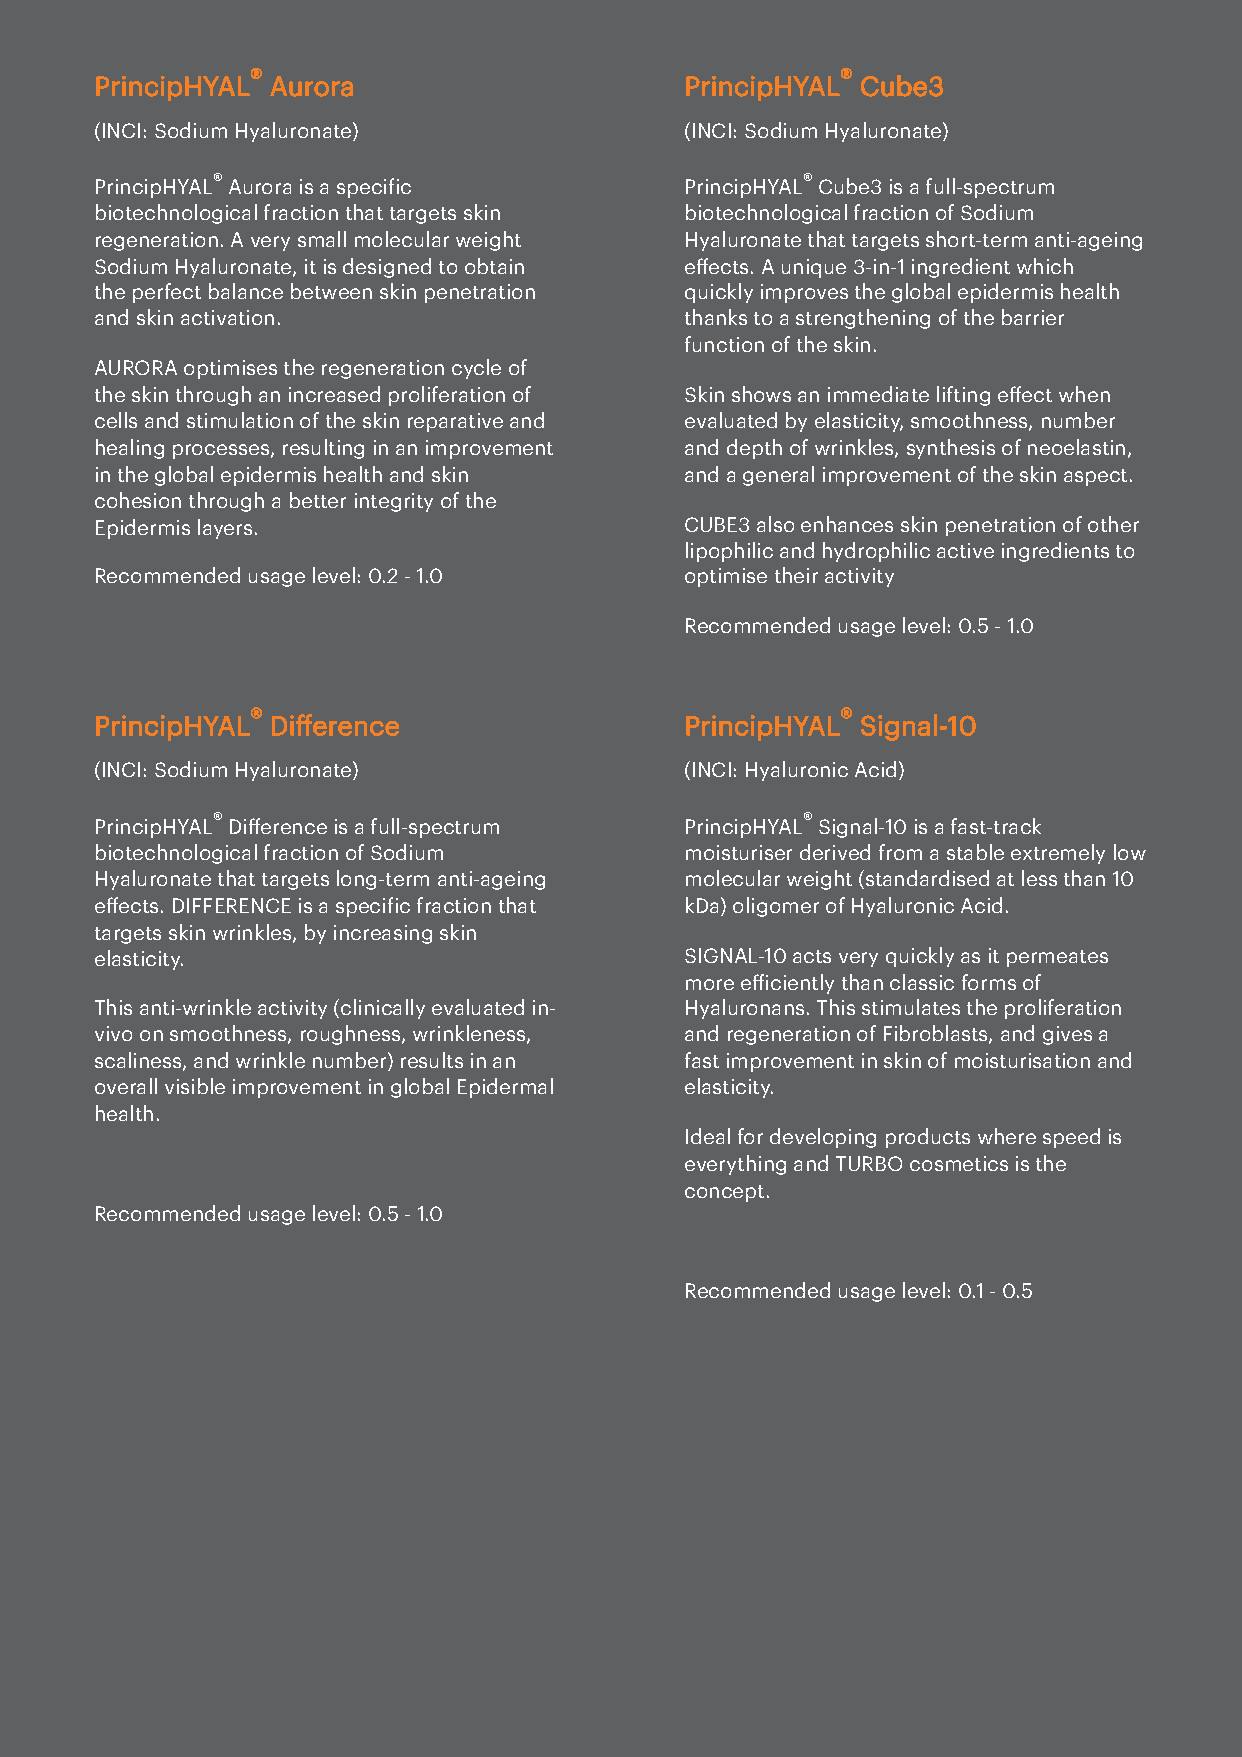
®                                      ®
 PrincipHYAL Aurora                     PrincipHYAL Cube3
 (INCI: Sodium Hyaluronate)             (INCI: Sodium Hyaluronate)
 ®                                      ®
 PrincipHYAL Aurora is a speciic       PrincipHYAL Cube3 is a full-spectrum
 biotechnological fraction that targets skin biotechnological fraction of Sodium
 regeneration. A very small molecular weight Hyaluronate that targets short-term anti-ageing
 Sodium Hyaluronate, it is designed to obtain effects. A unique 3-in-1 ingredient which
 the perfect balance between skin penetration quickly improves the global epidermis health
 and skin activation.                   thanks to a strengthening of the barrier
 function of the skin.
 AURORA optimises the regeneration cycle of
 the skin through an increased proliferation of Skin shows an immediate lifting effect when
 cells and stimulation of the skin reparative and evaluated by elasticity, smoothness, number
 healing processes, resulting in an improvement and depth of wrinkles, synthesis of neoelastin,
 in the global epidermis health and skin and a general improvement of the skin aspect.
 cohesion through a better integrity of the
 Epidermis layers.                      CUBE3 also enhances skin penetration of other
 lipophilic and hydrophilic active ingredients to
 Recommended usage level: 0.2 - 1.0     optimise their activity
 Recommended usage level: 0.5 - 1.0
 ®                                      ®
 PrincipHYAL Difference                 PrincipHYAL Signal-10
 (INCI: Sodium Hyaluronate)             (INCI: Hyaluronic Acid)
 ®                                      ®
 PrincipHYAL Difference is a full-spectrum PrincipHYAL Signal-10 is a fast-track
 biotechnological fraction of Sodium    moisturiser derived from a stable extremely low
 Hyaluronate that targets long-term anti-ageing molecular weight (standardised at less than 10
 effects. DIFFERENCE is a speciic fraction that kDa) oligomer of Hyaluronic Acid.
 targets skin wrinkles, by increasing skin
 elasticity.                            SIGNAL-10 acts very quickly as it permeates
 more eiciently than classic forms of
 This anti-wrinkle activity (clinically evaluated in- Hyaluronans. This stimulates the proliferation
 vivo on smoothness, roughness, wrinkleness, and regeneration of Fibroblasts, and gives a
 scaliness, and wrinkle number) results in an fast improvement in skin of moisturisation and
 overall visible improvement in global Epidermal elasticity.
 health.
 Ideal for developing products where speed is
 everything and TURBO cosmetics is the
 concept.
 Recommended usage level: 0.5 - 1.0
 Recommended usage level: 0.1 - 0.5